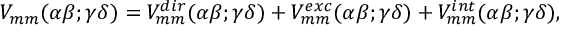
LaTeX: V _ { m m } ( \alpha \beta ; \gamma \delta ) = V _ { m m } ^ { d i r } ( \alpha \beta ; \gamma \delta ) + V _ { m m } ^ { e x c } ( \alpha \beta ; \gamma \delta ) + V _ { m m } ^ { i n t } ( \alpha \beta ; \gamma \delta ) ,